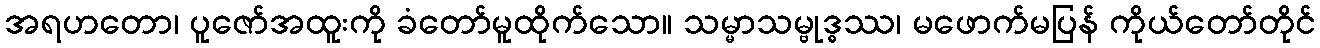
အရဟတော၊ ပူဇော်အထူးကို ခံတော်မူထိုက်သော။ သမ္မာသမ္ဗုဒ္ဓဿ၊ မဖောက်မပြန် ကိုယ်တော်တိုင်